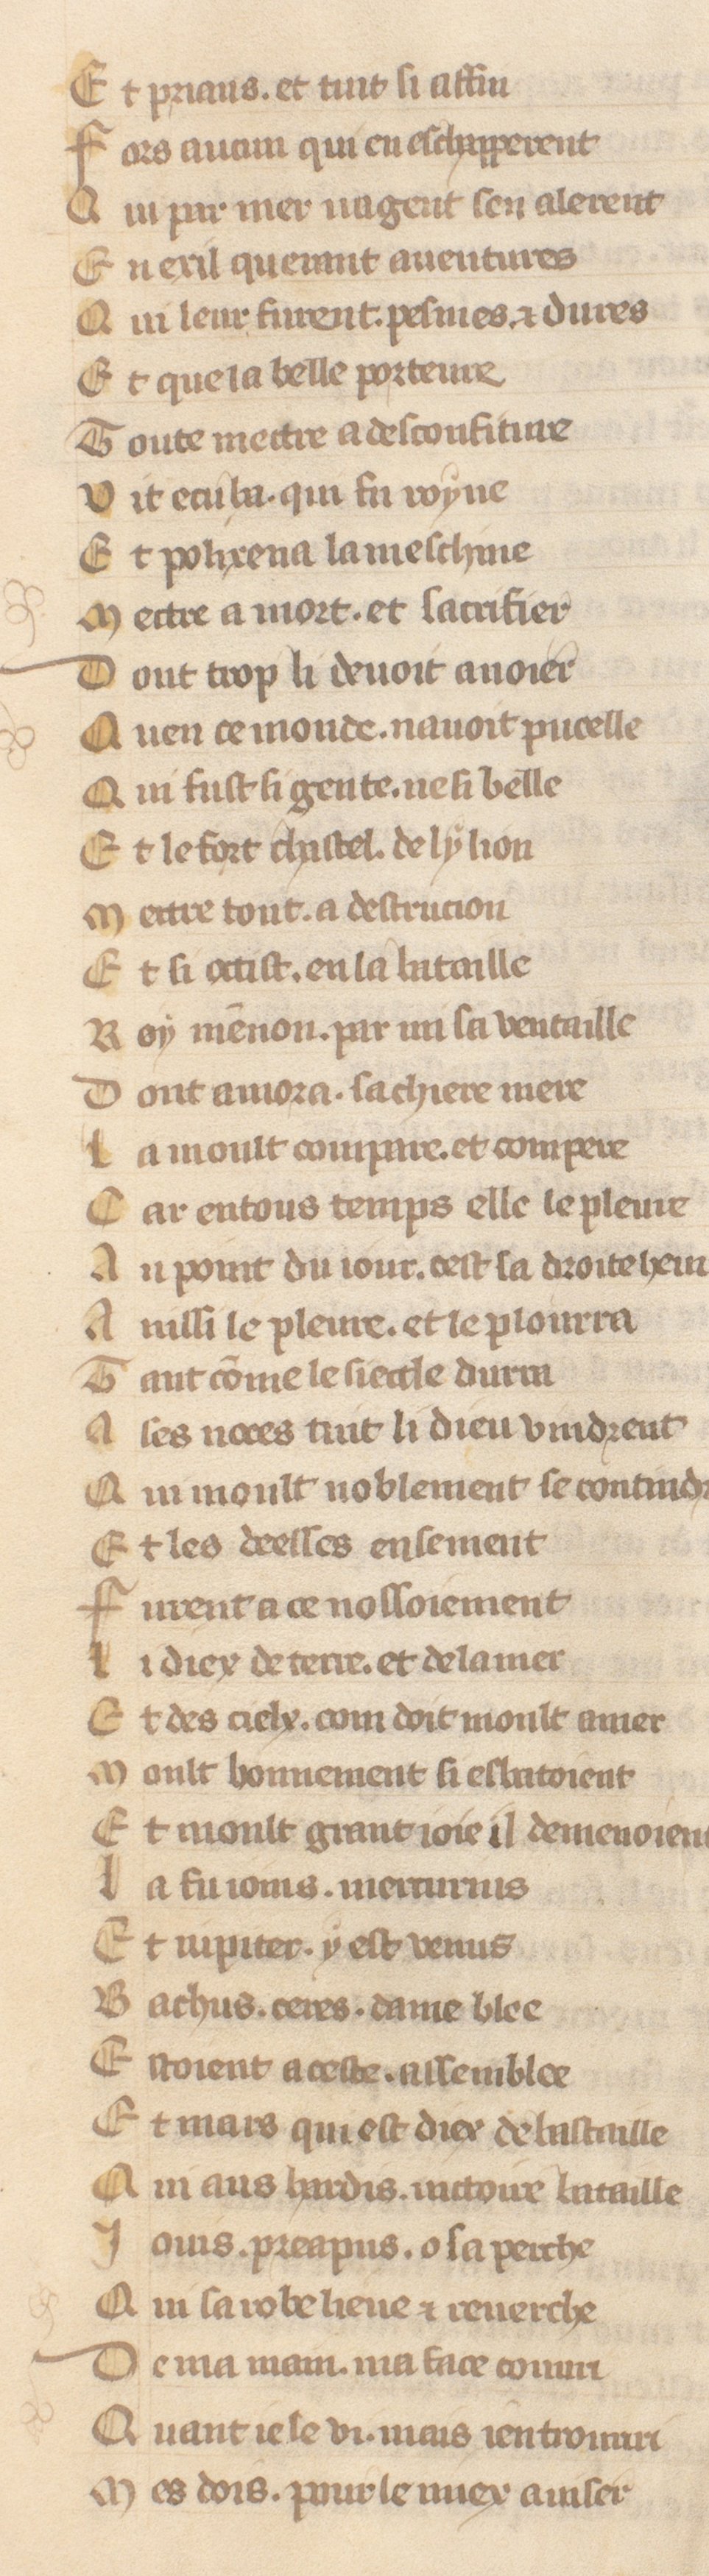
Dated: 1371–1371